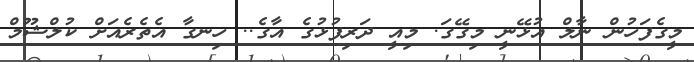
މީގެފަހުން ނާލް އުޅޭނީ މިގޭގަ. މިއީ ދަރިފުޅުގެ އާގެ.. ހިނގާ އެތެރެއަށް ކުލްޝޫމް